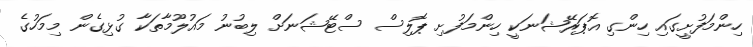
ހިންމަފުށީގައި ހިންގި އޮޕަރޭޝަނަކީ ހިންމަފުށި ޕޮލިސް ސްޓޭޝަނަށް ލިބުނު މައުލޫމާތަކާ ގުޅިގެން މިމަހުގެ